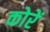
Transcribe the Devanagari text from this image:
कोरें